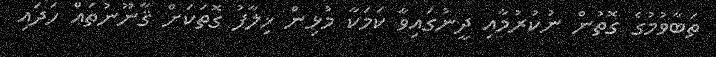
ތަބާވުމުގެ ގޮތުން ނުކުރުމާއި ދީނުގައިވާ ކަމަކާ މުޅިން ޚިލާފު ގޮތަކަށް ޤާނޫނުތައް ހަދައި